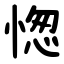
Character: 愡